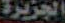
الجزيرة